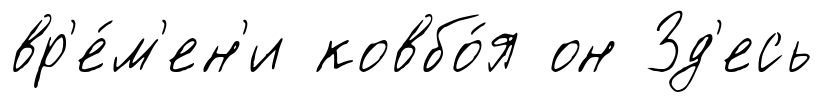
вр'е́м'ен'и ковбо́я он Зд'есь